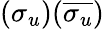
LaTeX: (\sigma_{u})(\overline{{\sigma_{u}}})